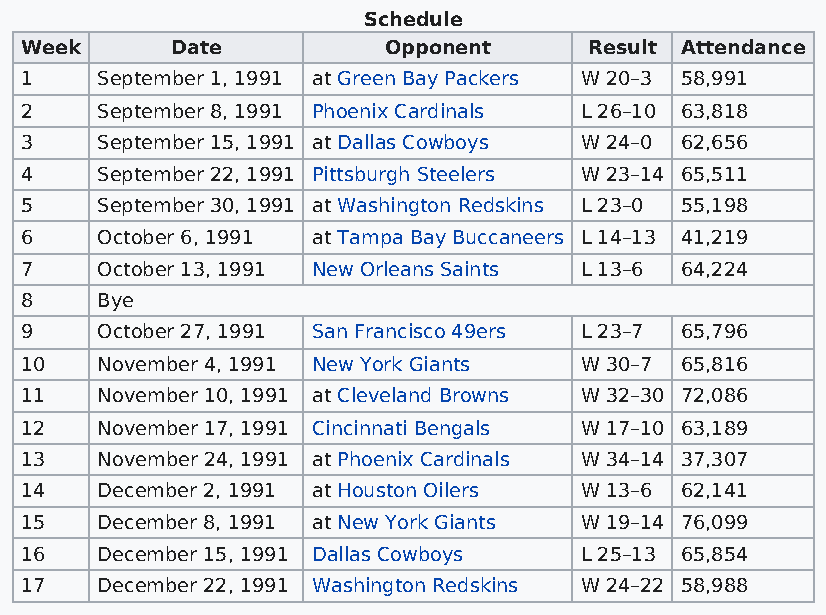
Schedule
 Week      Date          Opponent      Result Attendance
 1    September 1, 1991 at Green Bay Packers W 20–3 58,991
 2    September 8, 1991 Phoenix Cardinals L 26–10 63,818
 3    September 15, 1991 at Dallas Cowboys W 24–0 62,656
 4    September 22, 1991 Pittsburgh Steelers W 23–14 65,511
 5    September 30, 1991 at Washington Redskins L 23–0 55,198
 6    October 6, 1991 at Tampa Bay Buccaneers L 14–13 41,219
 7    October 13, 1991 New Orleans Saints L 13–6 64,224
 8    Bye
 9    October 27, 1991 San Francisco 49ers L 23–7 65,796
 10   November 4, 1991 New York Giants W 30–7 65,816
 11   November 10, 1991 at Cleveland Browns W 32–30 72,086
 12   November 17, 1991 Cincinnati Bengals W 17–10 63,189
 13   November 24, 1991 at Phoenix Cardinals W 34–14 37,307
 14   December 2, 1991 at Houston Oilers W 13–6 62,141
 15   December 8, 1991 at New York Giants W 19–14 76,099
 16   December 15, 1991 Dallas Cowboys L 25–13 65,854
 17   December 22, 1991 Washington Redskins W 24–22 58,988